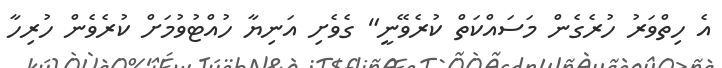
އެ ހިތްވަރު ހުރެގެން މަސައްކަތް ކުރެވޭނީ" ގެވެށި އަނިޔާ ހުއްޓުވުމަށް ކުރެވެން ހުރިހާ